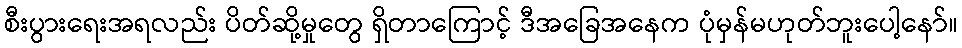
စီးပွားရေးအရလည်း ပိတ်ဆို့မှုတွေ ရှိတာကြောင့် ဒီအခြေအနေက ပုံမှန်မဟုတ်ဘူးပေါ့နော်။